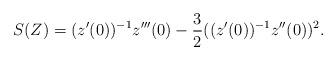
LaTeX: \begin{align*}S(Z)=(z'(0))^{-1}z'''(0)-\frac32((z'(0))^{-1}z''(0))^2.\end{align*}